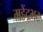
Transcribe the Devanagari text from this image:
महेंद्रभट